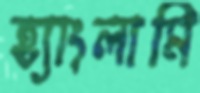
হ্যাংলামি